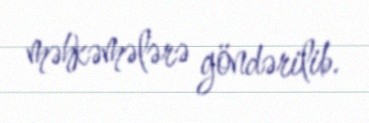
məhkəmələrə göndərilib.